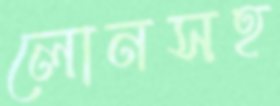
লোনসহ